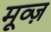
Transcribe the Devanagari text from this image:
मूव्ज़